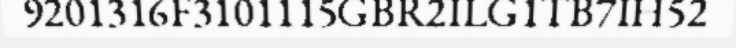
9201316F3101115GBR2ILG1TB7IH52